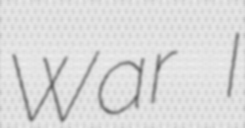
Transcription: War I